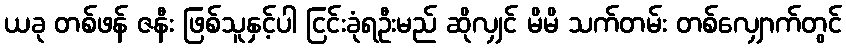
ယခု တစ်ဖန် ဇနီး ဖြစ်သူနှင့်ပါ ငြင်းခုံရဦးမည် ဆိုလျှင် မိမိ သက်တမ်း တစ်လျှောက်တွင်